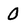
Character: 0